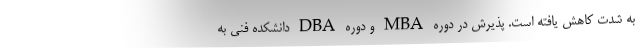
به شدت کاهش یافته است. پذیرش در دوره MBA و دوره DBA دانشکده فنی به